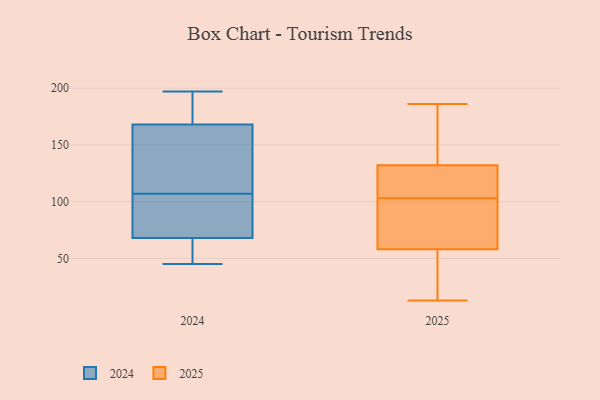
{"axis": {"x": "Inventory Turnover", "y": "Value"}, "legend": ["2024", "2025"], "data": [{"x": "", "y": 37, "type": "2025"}, {"x": "", "y": 119, "type": "2025"}, {"x": "", "y": 83, "type": "2025"}, {"x": "", "y": 103, "type": "2025"}, {"x": "", "y": 64, "type": "2025"}, {"x": "", "y": 126, "type": "2025"}, {"x": "", "y": 128, "type": "2025"}, {"x": "", "y": 141, "type": "2025"}, {"x": "", "y": 158, "type": "2025"}, {"x": "", "y": 136, "type": "2025"}, {"x": "", "y": 19, "type": "2025"}, {"x": "", "y": 13, "type": "2025"}, {"x": "", "y": 65, "type": "2025"}, {"x": "", "y": 52, "type": "2025"}, {"x": "", "y": 103, "type": "2025"}, {"x": "", "y": 186, "type": "2025"}, {"x": "", "y": 190, "type": "2024"}, {"x": "", "y": 165, "type": "2024"}, {"x": "", "y": 168, "type": "2024"}, {"x": "", "y": 95, "type": "2024"}, {"x": "", "y": 94, "type": "2024"}, {"x": "", "y": 58, "type": "2024"}, {"x": "", "y": 160, "type": "2024"}, {"x": "", "y": 53, "type": "2024"}, {"x": "", "y": 49, "type": "2024"}, {"x": "", "y": 169, "type": "2024"}, {"x": "", "y": 101, "type": "2024"}, {"x": "", "y": 68, "type": "2024"}, {"x": "", "y": 197, "type": "2024"}, {"x": "", "y": 151, "type": "2024"}, {"x": "", "y": 83, "type": "2024"}, {"x": "", "y": 113, "type": "2024"}, {"x": "", "y": 45, "type": "2024"}, {"x": "", "y": 176, "type": "2024"}]}